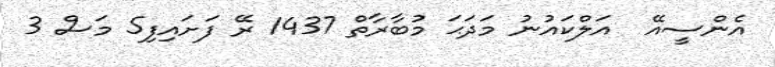
އެންސީއޭ  އަލްކައުނު މަދަޙަ މުބާރާތް 1437 ރޭ ފަށައިފި5 މަސް 3